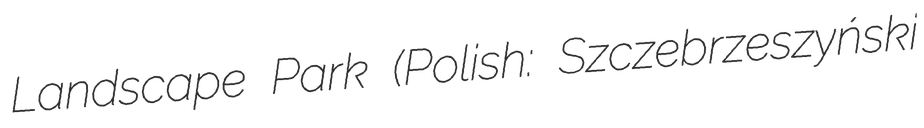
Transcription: Landscape Park (Polish: Szczebrzeszyński